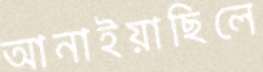
আনাইয়াছিলে